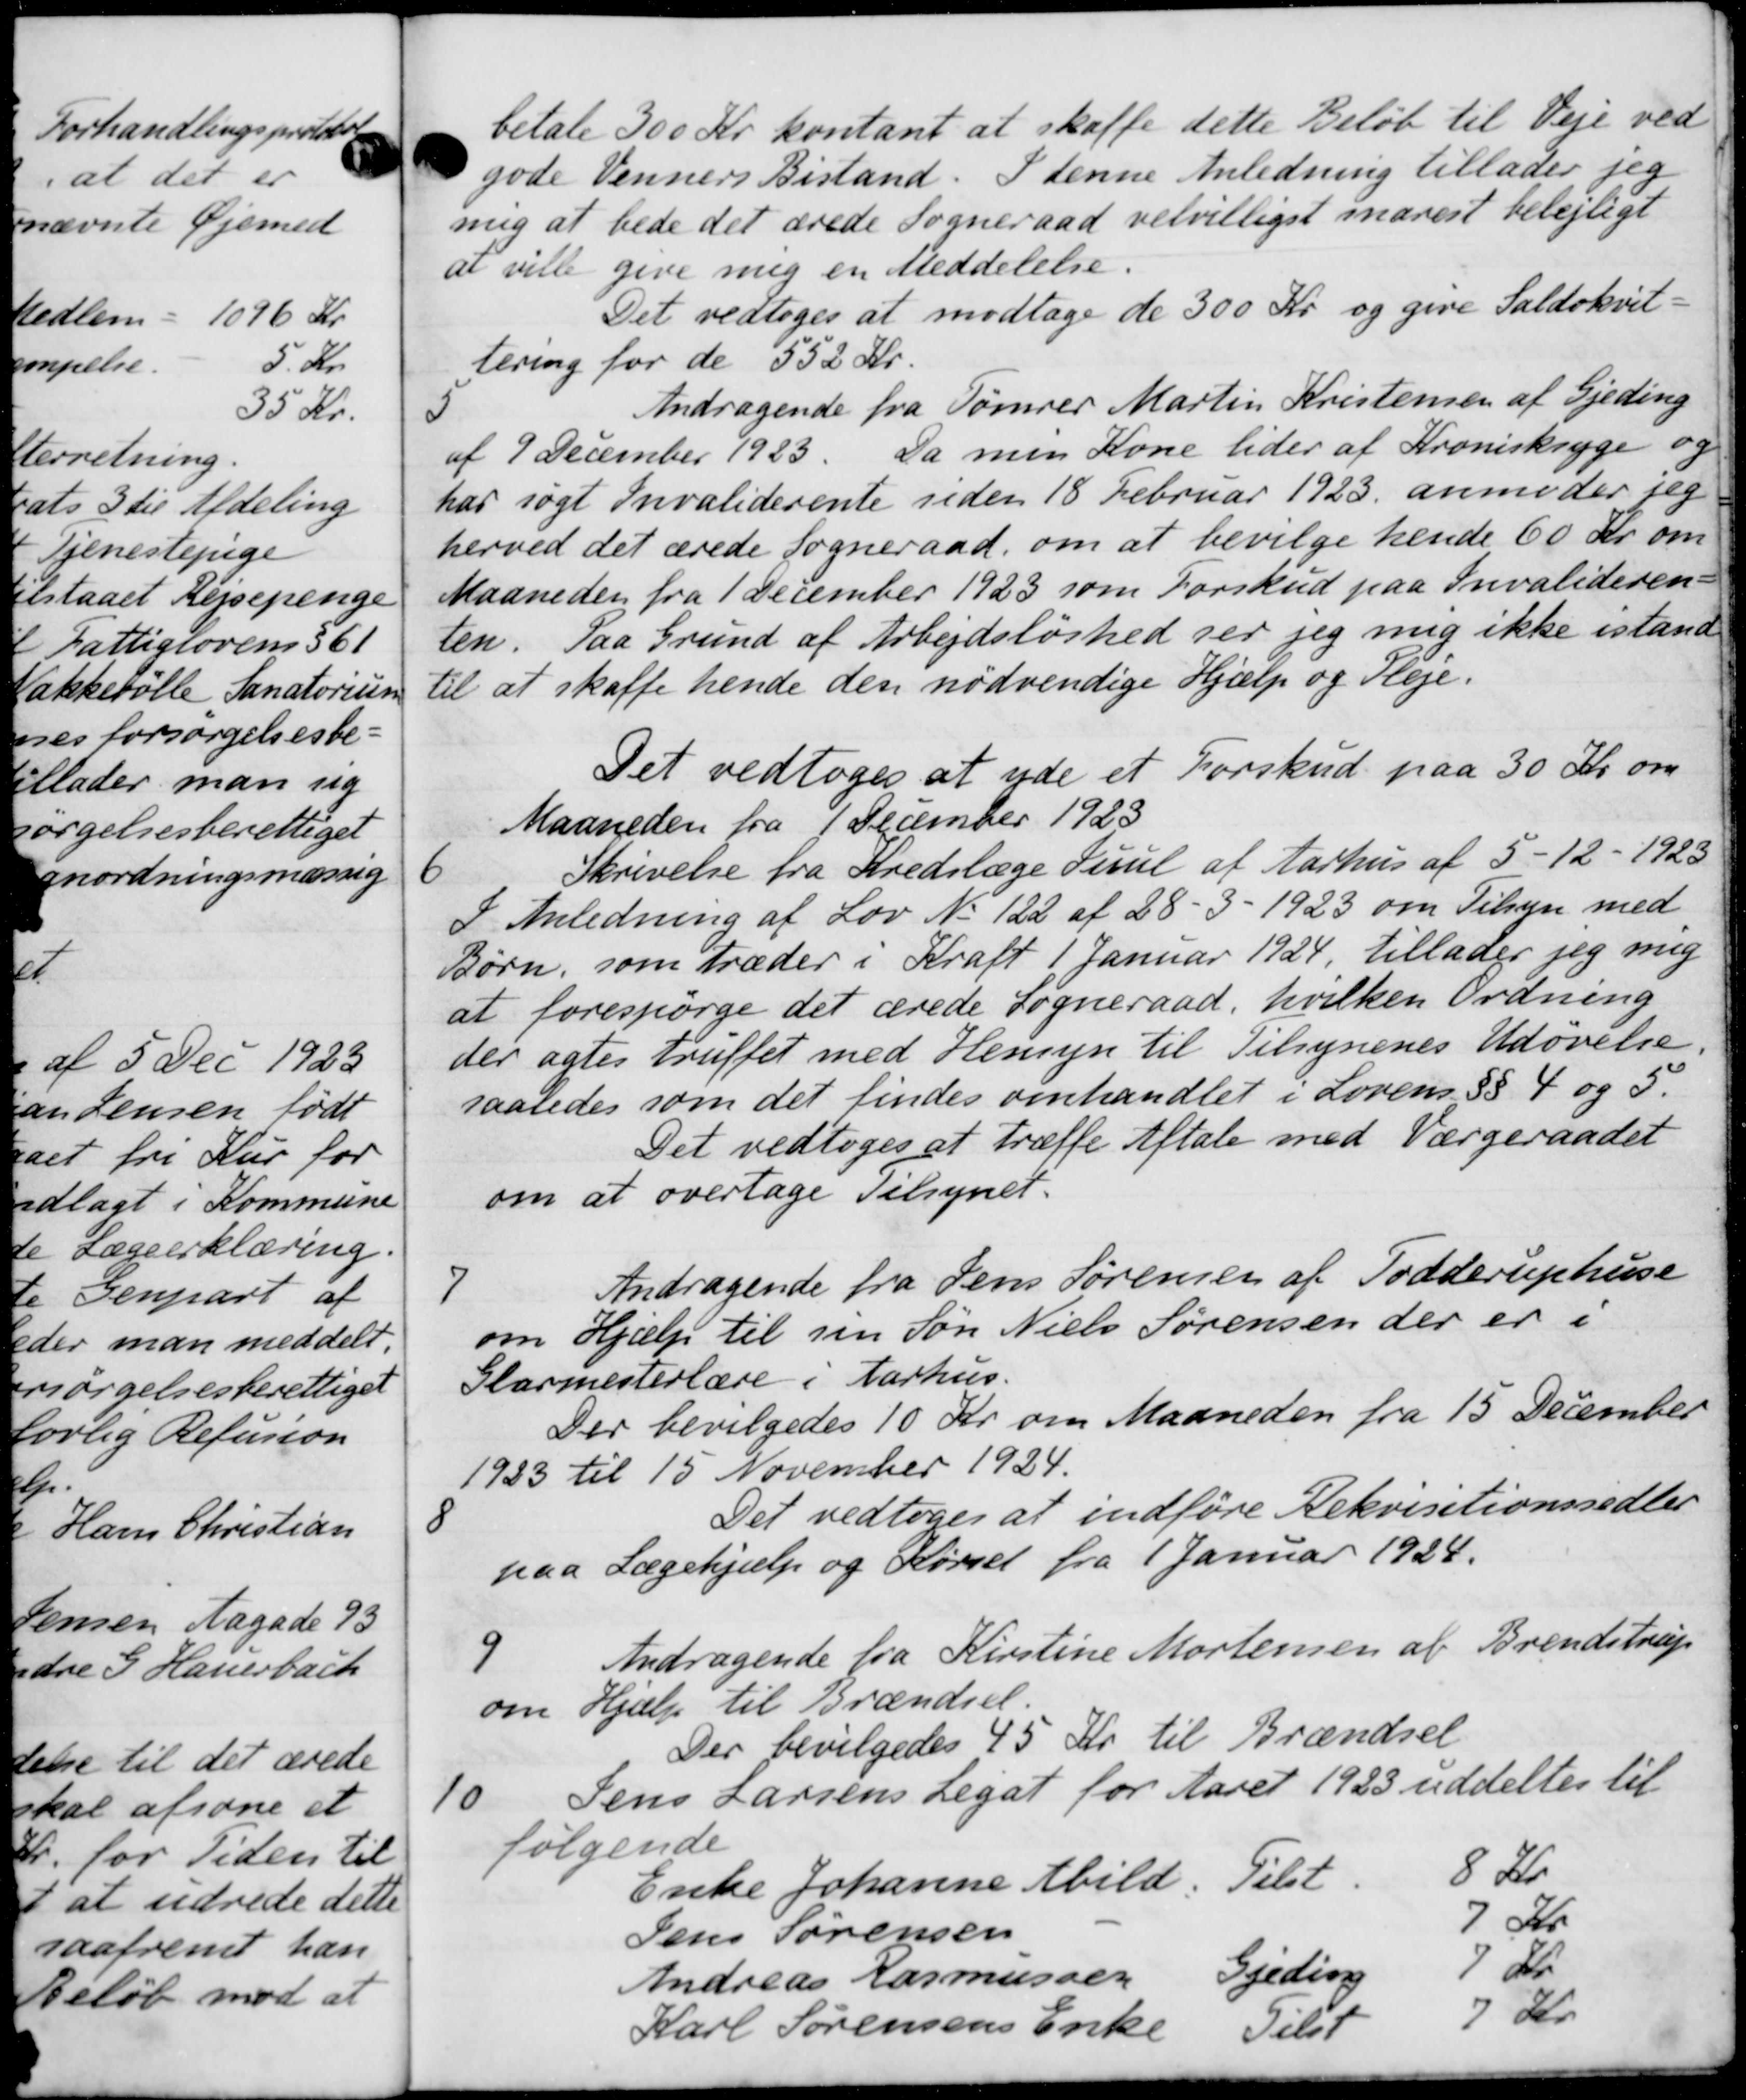
Transskription:
A
42
a
ke

betale 300 Kr. kontant at skaffe dette Beløb til Veje ved
gode Venners Bistand. I denne Anledning tillader jeg
mig at bede det ærede Sogneraad velvilligst marest belejligt
ar ville give mig en Meddelelse.
Det vedtoges at modtage de 300 Kr. og give Saldokvit-
lering for de 552 Kr.
5
Andragende fra Tømrer Martin Kristensen af Gjeding
af 9 December 1923. Da min Kone lider af Kronisksyge og
har søgt Invaliderente siden 18 Februar 1923 anmoder jeg
herved det ærede Sogneraad om at bevilge hende 60 Kr. om
Maaneden fra 1 December 1923 som Forskud paa Invalideren-
ten. Paa Grund af Arbejdsløshed ser jeg mig ikke istand
til at skaffe hende den nødvendige Hjælp og Pleje.
Det vedtoges at yde et Forskud paa 30 Kr om
Maaneden fra 1 December 1923
6
Skrivelse fra Kredslæge Suul af Aarhus af 5 - 12 - 1923
I Anledning af Lov No 122 af 28 - 3 - 1923 om Tilsyn med
Børn, som træder i Kraft 1 Januar 1924, tillader jeg mig
at forespørge det ærede Sogneraad, hvilken Ordning
der agtes truffet med Hensyn til Tilsynenes Udøvelse.
saaledes som det findes omhandlet i Lovens §§ 4 og 5.
Det vedtoges at træffe Aftale med Værgeraadet
om at overtage Tilsynet.
7
Andragende fra Jens Sørensen af Tødderuphuse
om Hjælp til sin Søn Niels Sørensen der er i
Glarmesterlære i Aarhus.
Der bevilgedes 10 Kr om Maaneden fra 15 December
1923 til 15 November 1924.

Det vedtoges at indføre Rekvisitionssedler
paa Lægehjælp og Kørsel fra 1 Januar 1924.
9
Andragende fra Kirstine Mortensen af Brendstrup
om Hjælp til Brændsel.
Der bevilgedes 45 Kr. til Brændsel
10.
Jens Larsens Legat for Aaret 1923 uddeltes til
følgende
Enke Johanne Abild. Tilst. 8 Kr.
Jens Sørensen 7 Kr.
Andreas Rasmussen Gjeding 7 Da
Karl Sørensens Enke Tilst 7 Kr.